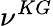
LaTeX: \nu^{KG}